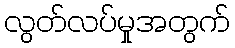
လွတ်လပ်မှုအတွက်